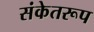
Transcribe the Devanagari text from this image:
संकेतरूप